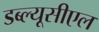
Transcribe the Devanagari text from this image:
डब्ल्यूसीएल